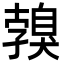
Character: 𦤣